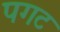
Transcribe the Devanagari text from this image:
पगट